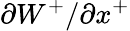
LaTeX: {{\partial}W^{+}}/{{\partial}x^{+}}